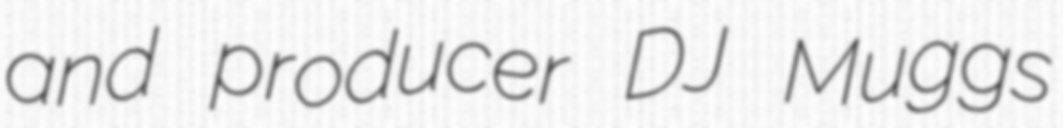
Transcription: and producer DJ Muggs